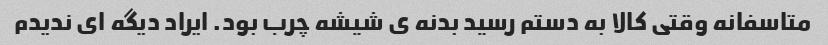
متاسفانه وقتی کالا به دستم رسید بدنه ی شیشه چرب بود. ایراد دیگه ای ندیدم